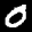
Label: 0